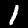
Digit: 1